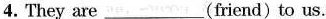
4. They are ___ (friend)to us.